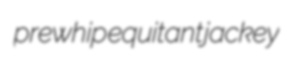
prewhip equitant jackey